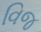
વિજ